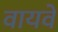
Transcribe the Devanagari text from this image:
वायवे